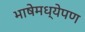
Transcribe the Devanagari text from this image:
भाषेमध्येपण